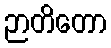
ဉာတိတော